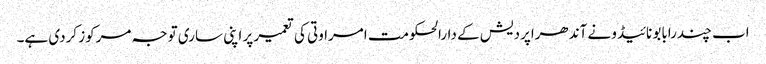
اب چندرابابو نائیڈو نے آندھراپردیش کے دارالحکومت امراوتی کی تعمیر پر اپنی ساری توجہ مرکوز کردی ہے۔